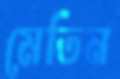
মেতিন